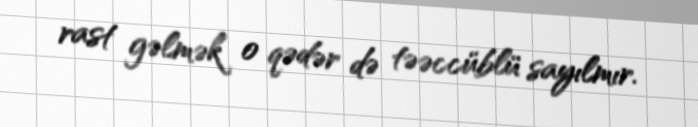
rast gəlmək o qədər də təəccüblü sayılmır.